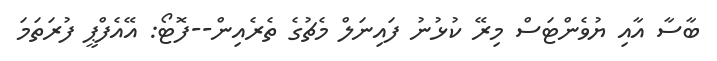
ބާސާ އާއި ޔުވެންޓަސް މިރޭ ކުޅުނު ފައިނަލް މެޗުގެ ތެރެއިން--ފޮޓޯ: އޭއެފްޕީ ފުރަތަމަ